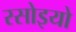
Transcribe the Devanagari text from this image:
रसोइयो